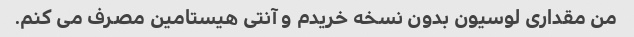
من مقداری لوسیون بدون نسخه خریدم و آنتی هیستامین مصرف می کنم.